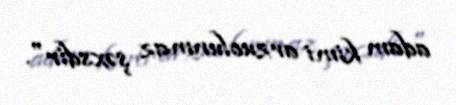
adam kimi arzuolunmaz şəxsdir".